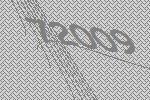
72009